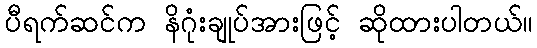
ပီရက်ဆင်က နိဂုံးချုပ်အားဖြင့် ဆိုထားပါတယ်။